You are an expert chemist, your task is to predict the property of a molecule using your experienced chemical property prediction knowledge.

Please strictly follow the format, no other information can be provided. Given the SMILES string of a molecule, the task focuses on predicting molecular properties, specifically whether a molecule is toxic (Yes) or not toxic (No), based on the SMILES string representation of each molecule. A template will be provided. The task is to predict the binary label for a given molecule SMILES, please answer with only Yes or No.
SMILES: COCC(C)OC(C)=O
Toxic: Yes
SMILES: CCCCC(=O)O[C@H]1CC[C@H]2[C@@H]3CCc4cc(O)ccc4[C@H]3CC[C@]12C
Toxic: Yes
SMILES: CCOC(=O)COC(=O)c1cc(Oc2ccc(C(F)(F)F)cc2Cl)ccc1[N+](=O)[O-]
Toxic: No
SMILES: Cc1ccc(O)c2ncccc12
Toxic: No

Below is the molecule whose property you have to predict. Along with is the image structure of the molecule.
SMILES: CCCCCC1Nc2cc(C(F)(F)F)c(S(N)(=O)=O)cc2S(=O)(=O)N1
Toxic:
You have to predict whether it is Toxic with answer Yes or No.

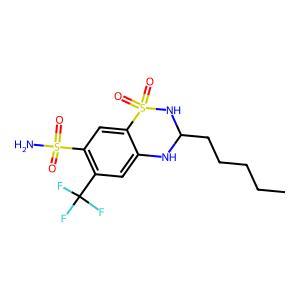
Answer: No